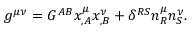
g ^ { \mu \nu } = G ^ { A B } x _ { , A } ^ { \mu } x _ { , B } ^ { \nu } + \delta ^ { R S } n _ { R } ^ { \mu } n _ { S } ^ { \nu } .